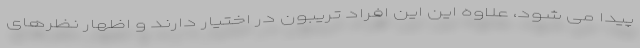
پیدا می شود، علاوه این این افراد تریبون در اختیار دارند و اظهار نظرهای